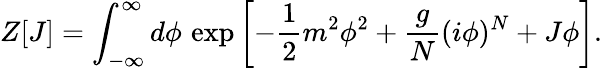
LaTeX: Z[J]=\int_{-\infty}^{\infty}d\phi\, \exp\left[-{\frac{1}{2}}m^{2}\phi^{2}+{\frac{g}{N}}(i\phi)^{N}+J\phi\right].